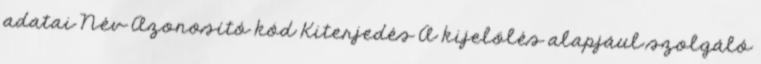
adatai Név Azonosító kód Kiterjedés A kijelölés alapjául szolgáló